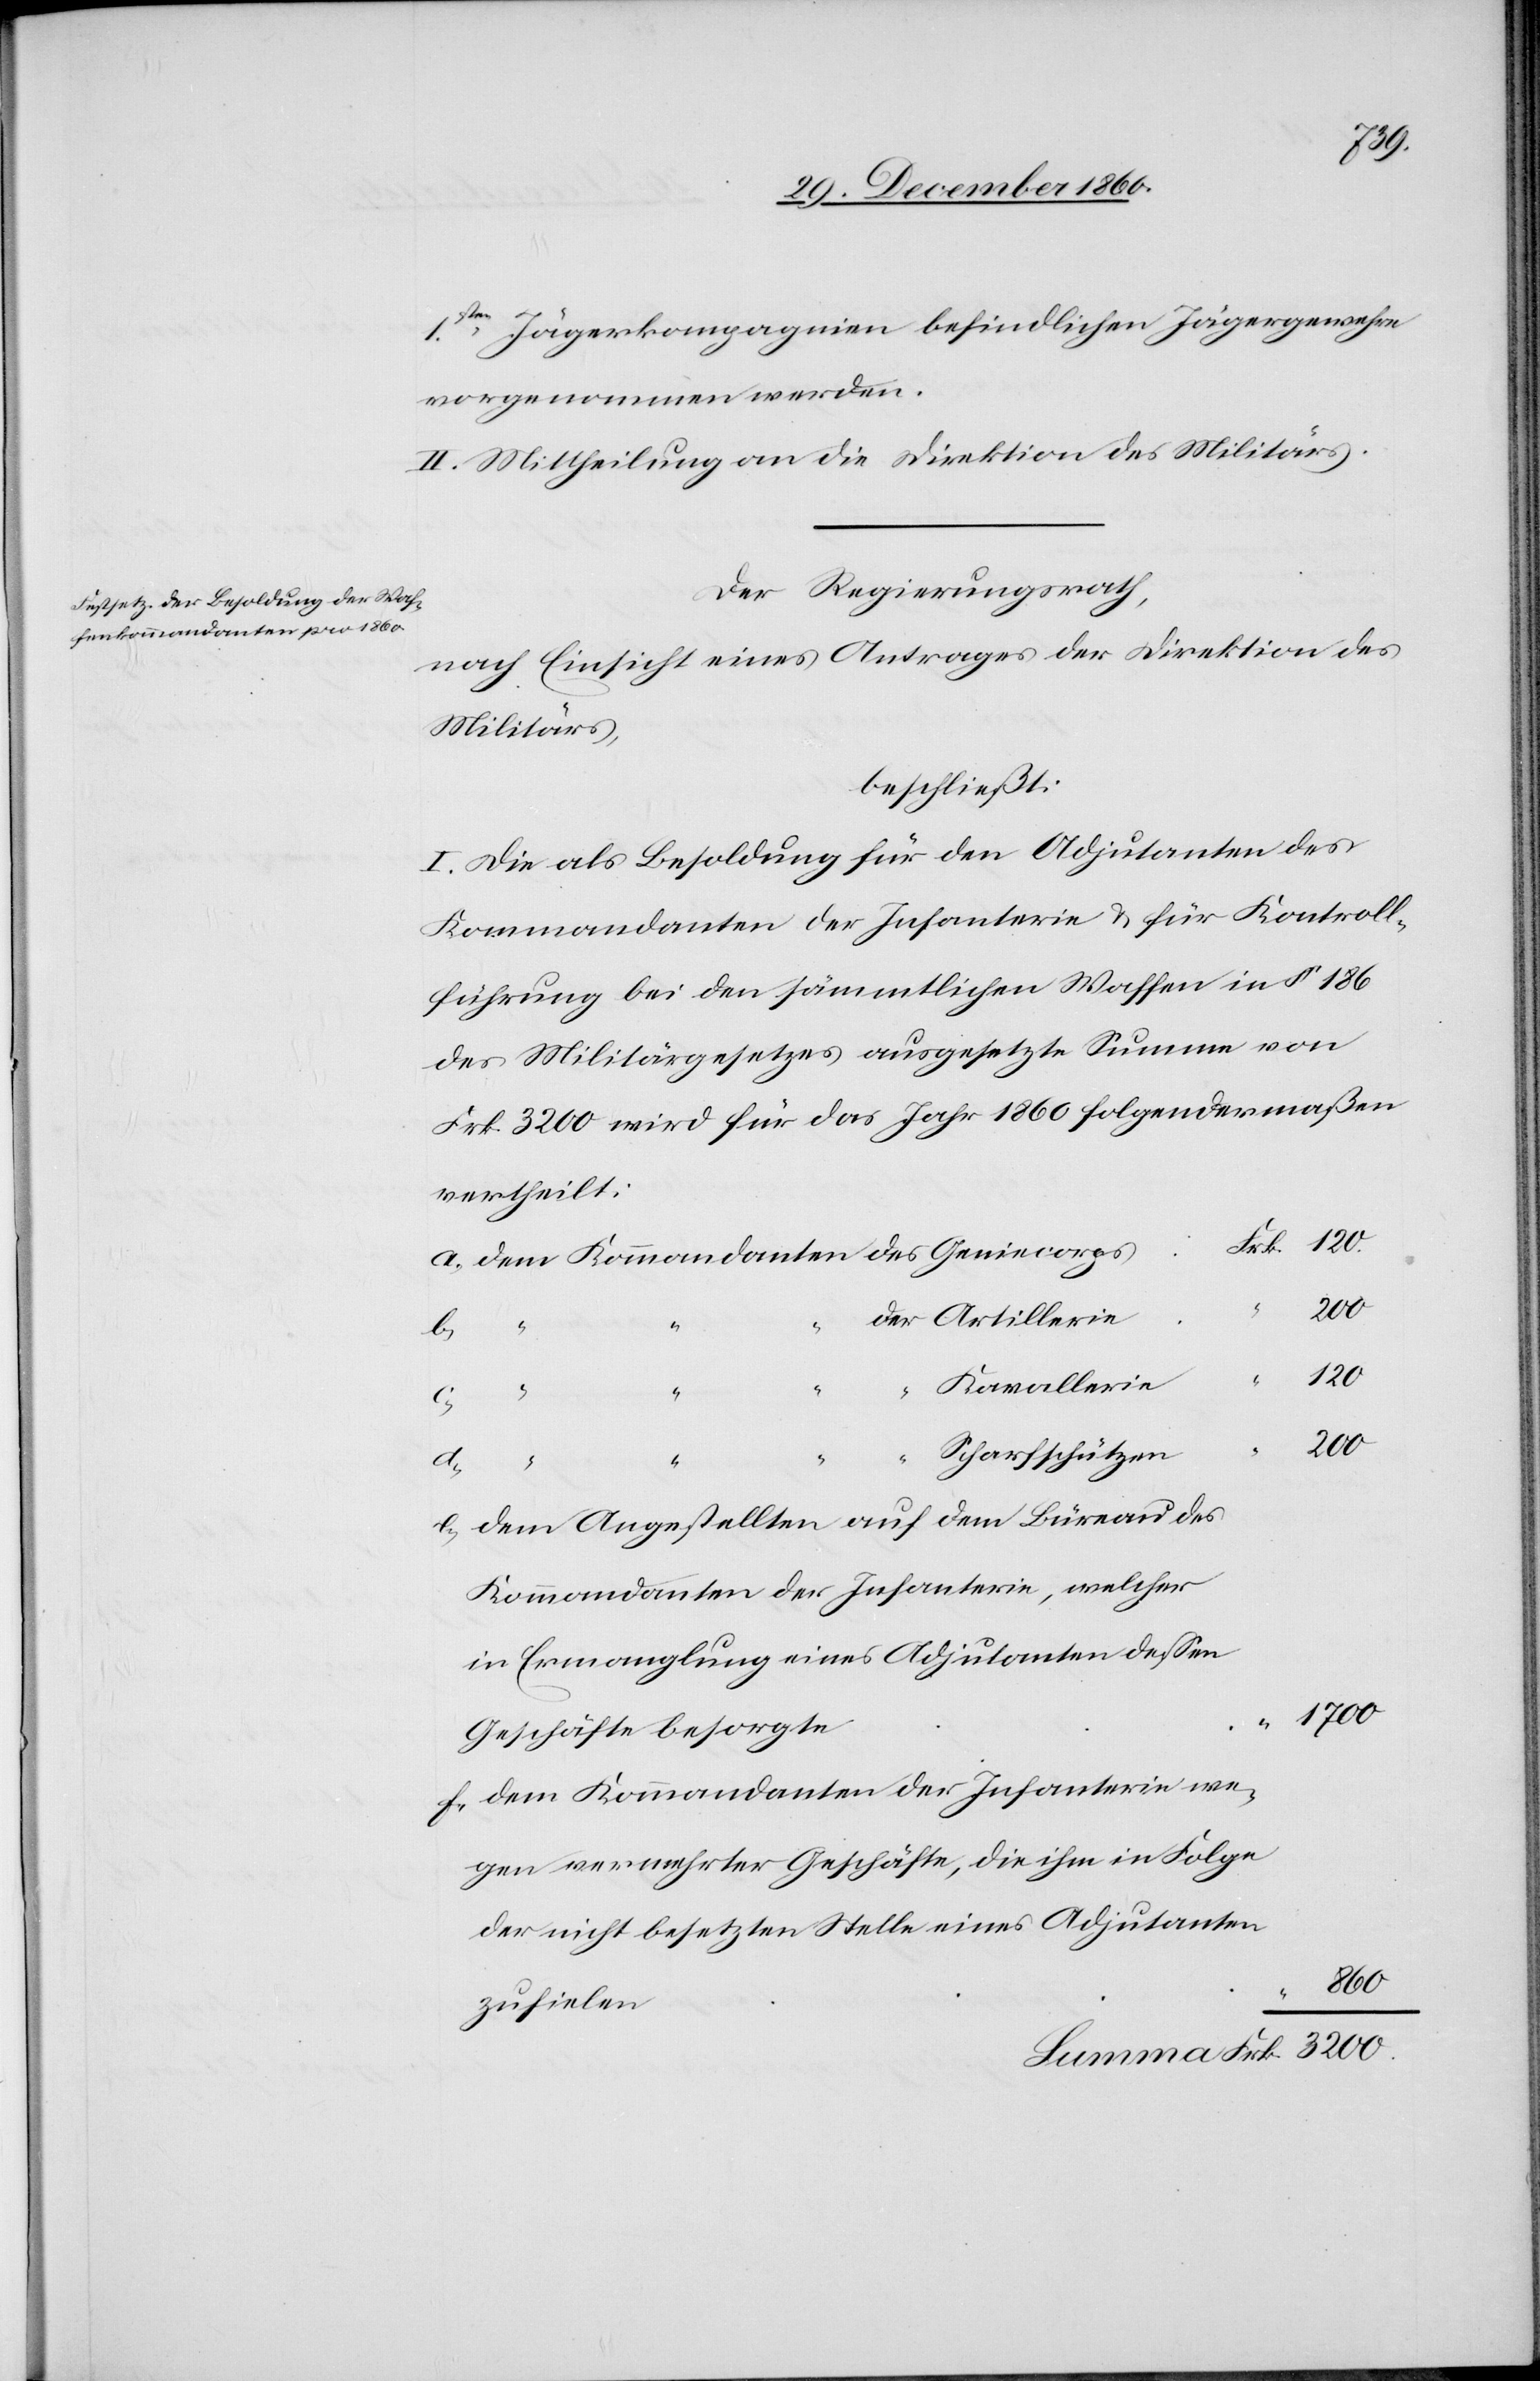
1sten Jägerkompagnien befindlichen Jägergewehre
vorgenommen werden.
II. Mittheilung an die Direktion des Militärs.
Der Regierungsrath,
nach Einsicht eines Antrages der Direktion des
Militärs,
beschließt:
I. Die als Besoldung für den Adjutanten des
Kommandanten der Infanterie u. für Kontroll¬
führung bei den sämmtlichen Waffen in § 186
des Militärgesetzes ausgesetzte Summe von
Frk. 3200 wird für das Jahr 1860 folgendermaßen
vertheilt:
3200
120
Kavallerie
a.
Scharfschützen
b.
“
dem Angestellten auf dem Büreau des
Kommandanten der Infanterie, welcher
in Ermanglung eines Adjutanten dessen
1700
Geschäfte besorgte
dem Kommandanten der Infanterie we¬
gen vermehrter Geschäfte, die ihm in Folge
der nicht besetzten Stelle eines Adjutanten
860
Frk.
zufielen